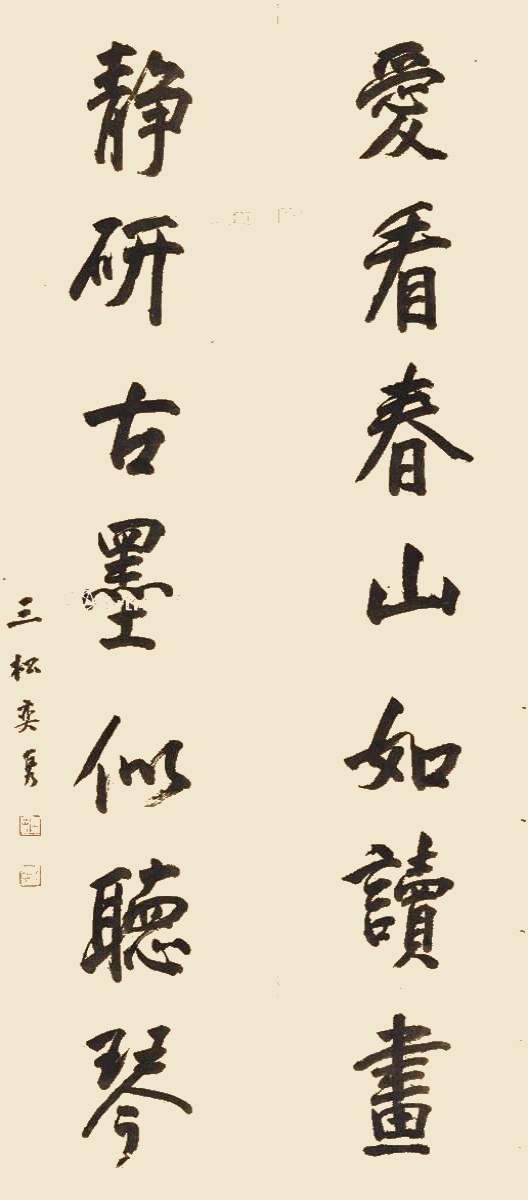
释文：爱看春山如读画，静研古墨似听琴。三松奕隽。